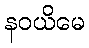
နဝယိမေ